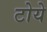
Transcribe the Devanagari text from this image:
टोये